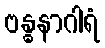
ဗန္ဓနာဂါရံ